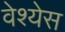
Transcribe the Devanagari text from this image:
वेश्येस